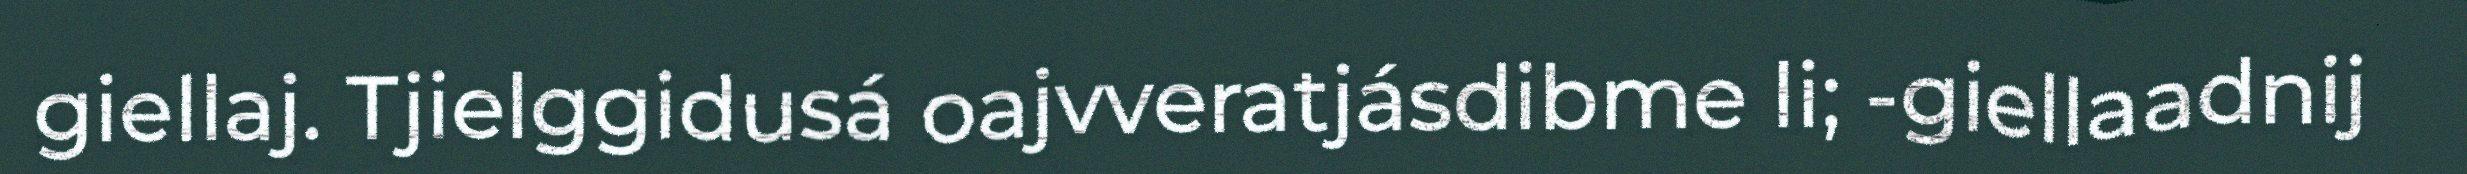
giellaj. Tjielggidusá oajvveratjásdibme li; -giellaadnij